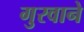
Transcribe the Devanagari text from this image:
गुरवाने